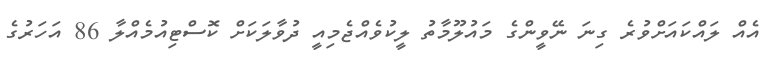
އެއް ލައްކައަށްވުރެ ގިނަ ނޭވީންގެ މައުލޫމާތު ލީކުވެއްޖެމިއީ ދުވާލަކަށް ކޮސްޓިއުމެއްލާ 86 އަހަރުގެ